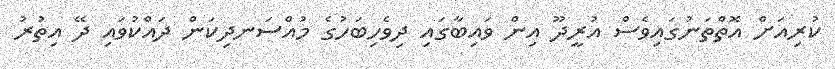
ކުރިއަށް އޮތްތަނުގައިވެސް އުރީދޫ އިން ވައިބާގައި ދިވެހިބަހުގެ މުއްސަނދިކަން ދައްކުވައި ދޭ އިތުރު